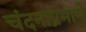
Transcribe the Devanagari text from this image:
चंदनाप्रमाणे